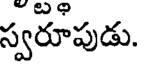
స్వరూపుడు.